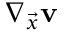
\nabla _ { \vec { x } } \mathbf { v }